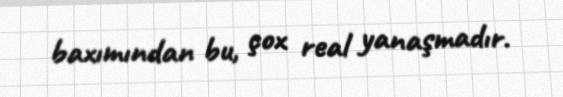
baxımından bu, çox real yanaşmadır.